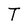
Character: T